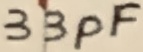
Text: 33pF